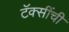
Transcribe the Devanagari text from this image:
टॅक्सींची